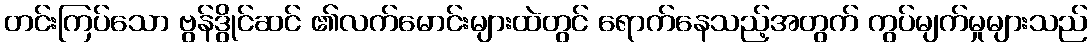
တင်းကြပ်သော ဗွန်ဒွိုင်ဆင် ၏လက်မောင်းများထဲတွင် ရောက်နေသည့်အတွက် ကွပ်မျက်မှုများသည်